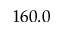
1 6 0 . 0